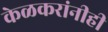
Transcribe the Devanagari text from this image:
केळकरांनीही